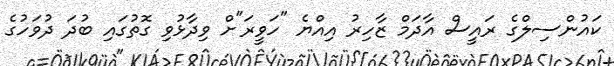
ކައުންސިލްގެ ރައީސް އާދަމް ޒާހިރު އިއްޔެ "ހަވީރަ"ށް ވިދާޅުވި ގޮތުގައި ބުދަ ދުވަހުގެ